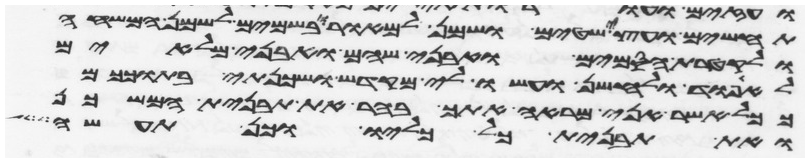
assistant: תחשים ועצי שטים ושמן למאור ובשמים לשמן המשחה
ולקטרת הסמים ואבני שהם ואבני מלאים
לאפוד ולחשן ועשו לי מקדש ושכנתי בתוככם
ככל אשר אני מראה אתך בהר את תבנית המשכן
ואת תבנית כל כליו וכן תעשה